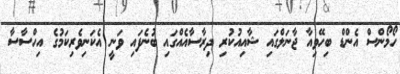
ހޯމޯންސް އެންޑް ބިހޭވިއާ ޖާނަލްގައި ޝާއިއުކުރި ދިރާސާއެއްގައި ބުނެފައި ވަނީ އެކަނިވެރިކަމުގެ އިހްސާސާ